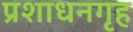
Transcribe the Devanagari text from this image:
प्रशाधनगृह